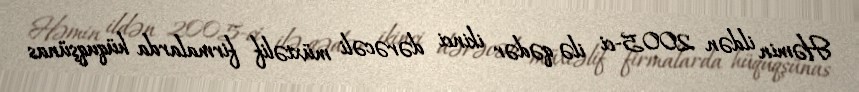
Həmin ildən 2005-ci ilə qədər ikinci dərəcəli müxtəlif firmalarda hüquqşünas